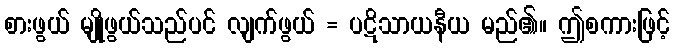
စားဖွယ် မျိုဖွယ်သည်ပင် လျက်ဖွယ် = ပဋိသာယနီယ မည်၏။ ဤစကားဖြင့်